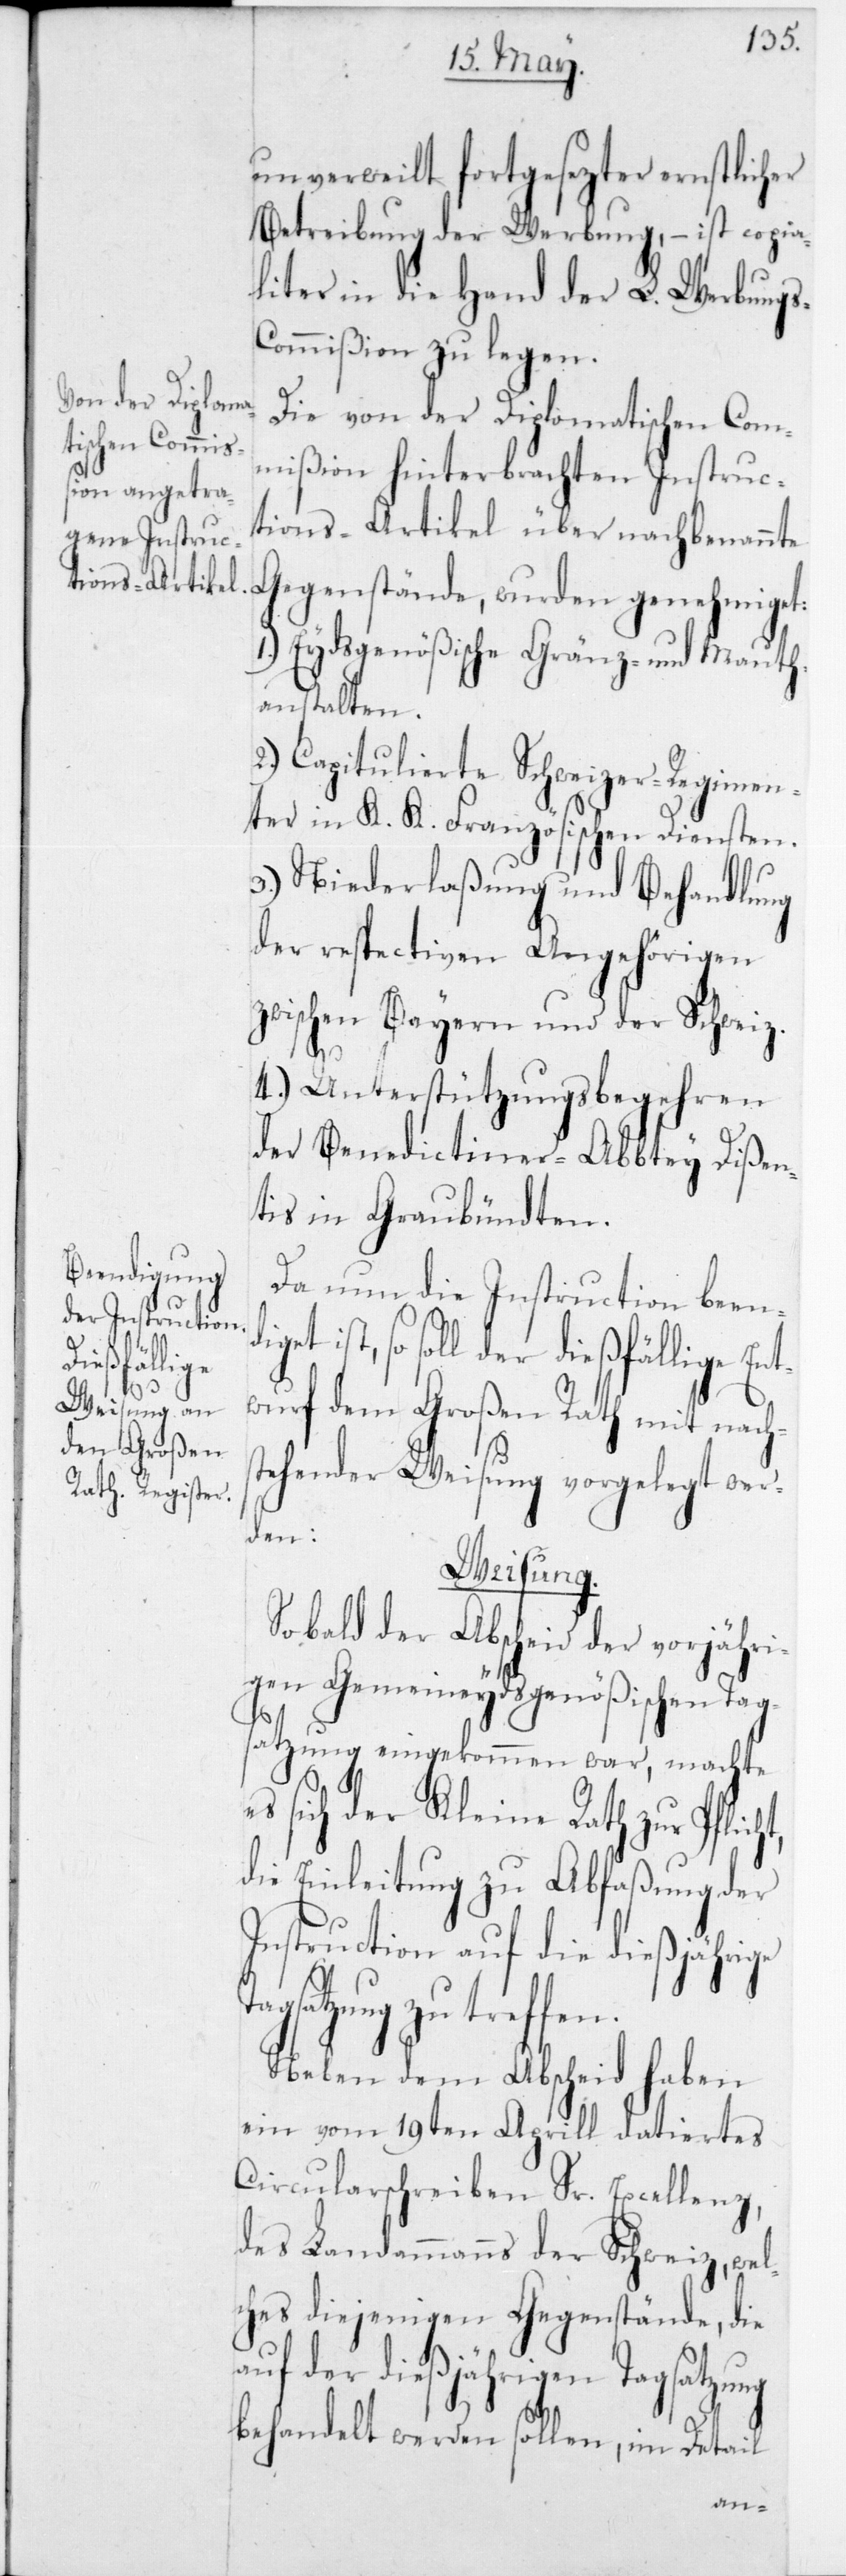
iget
ng

unverweilt fortgesezter ernstlicher
Betreibung der Werbung, – ist copia¬
liter in die Hand der L. Werbung¬
ommißion zu legen.
Die von der Diplomatischen Com¬
mißion hinterbrachten Instruc¬
tions-Artikel über nachbenannte
Gegenstände, wurden genehmiget:
1.) Eydsgenößische Gränz- und Mauth¬
anstalten.
2.) Capitulierte Schweizer-Regimen¬
ter in K. K. Französischen Diensten.
3.) Niederlaßung und Behandlung
der respectiven Angehörigen
zwischen Bayern und der Schweiz.
4.) Unterstützungsbegehren
der Benedictiner-Abbtey Dißen¬
tis in Graubündten.
Da nun die Instruction beend¬
ist, so soll der dießfällige Ent¬
wurf dem Großen Rath mit nach¬
tehender Weisung vorgelegt wer¬
den:
Weisung.
Sobald der Abscheid der vorjähri¬
gen Gemeineydsgenößischen Tag¬
satzung eingekommen war, machte
es sich der Kleine Rath zur Pflic¬
die Einleitung zu Abfaßung der
Instruction auf die dießjährige
gsatzung zu treffen.
Neben dem Abscheid haben
ein vom 19ten Aprill datiertes
Circularschreiben Sr. Excellenz,
des Landammanns der Schweiz, wel¬
ches diejenigen Gegenstände, die
uf der dießjährigen Tagsatzu¬
behandelt werden sollen, im Detail
a¬